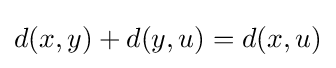
d(x,y)+d(y,u)=d(x,u)